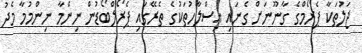
ޖަލުތަކާ ޕެރޯމްގެ ގާނޫނަށް ގެނައި އިސްލާހުތަކުގެ ތެރޭގައި ޕެރޯލްބޯޑުން ނިންމާ ނިންމުމާ މެދު